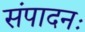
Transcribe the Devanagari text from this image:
संपादनः